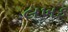
લખક